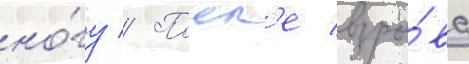
но́гу // Посл'е взры́ва